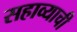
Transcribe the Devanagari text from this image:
सहाव्याची